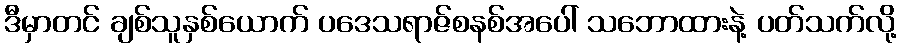
ဒီမှာတင် ချစ်သူနှစ်ယောက် ပဒေသရာဇ်စနစ်အပေါ် သဘောထားနဲ့ ပတ်သက်လို့